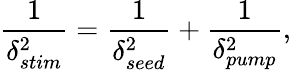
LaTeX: \frac{1}{\delta_{stim}^{2}}=\frac{1}{\delta_{seed}^{2}}+\frac{1}{\delta_{pump}^{2}},